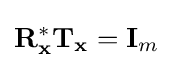
\mathbf {R} _{\mathbf {x} }^{*}\mathbf {T_{x}} =\mathbf {I} _{m}